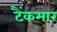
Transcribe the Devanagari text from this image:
टैंकमार